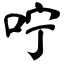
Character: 咛